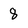
Character: 8